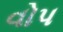
વોપ